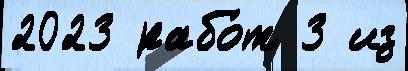
2023 рабо́т 3 из